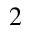
^ { 2 }